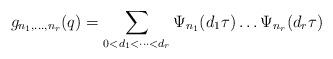
LaTeX: \begin{align*}g_{n_1,\ldots,n_r}(q) = \sum_{0 < d_1 <\dots <d_r} \Psi_{n_1}(d_1\tau) \dots \Psi_{n_r}(d_r\tau)\end{align*}